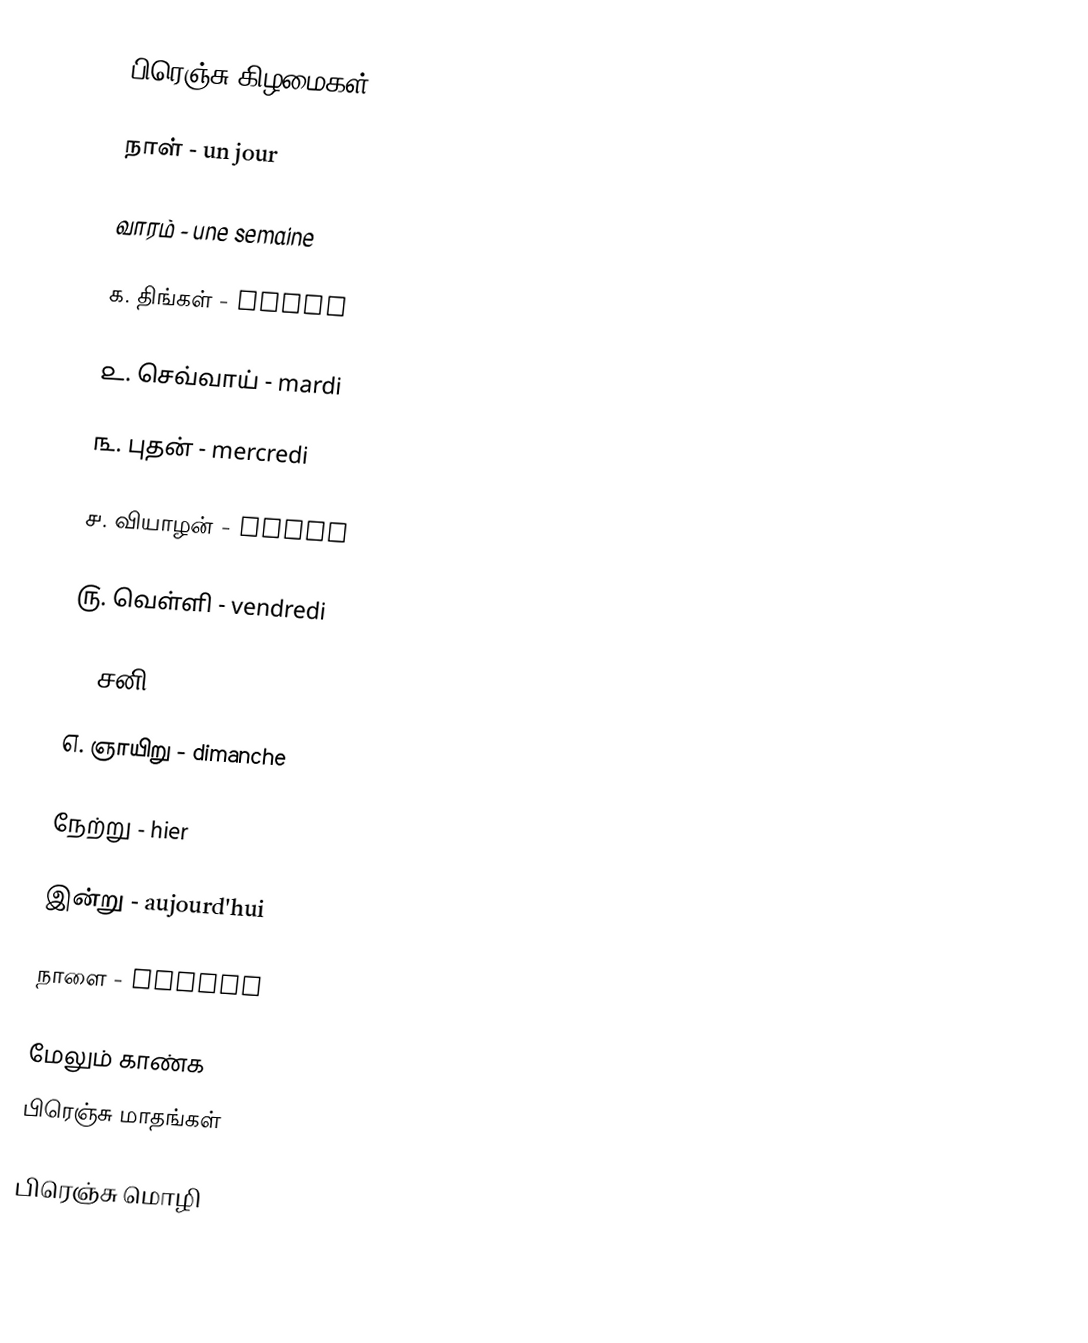
பிரெஞ்சு கிழமைகள்:

நாள் - un jour

வாரம் - une semaine

௧. திங்கள் - lundi

௨. செவ்வாய் - mardi

௩. புதன் - mercredi

௪. வியாழன் - jeudi

௫. வெள்ளி - vendredi

௬. சனி - samedi

௭. ஞாயிறு - dimanche

நேற்று - hier

இன்று - aujourd'hui

நாளை - demain

மேலும் காண்க
 பிரெஞ்சு மாதங்கள்

 பிரெஞ்சு மொழி